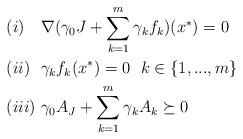
LaTeX: \begin{align*} &(i)\ \ \ \nabla(\gamma_0J+\sum\limits_{k=1}^m\gamma_k f_k)(x^*)=0\\ &(ii)\ \ \gamma_kf_k(x^*)=0\ \ k\in\{1,...,m\}\\ &(iii)\ \gamma_{0}A_J+\sum\limits_{k=1}^m\gamma_kA_k\succeq0 \end{align*}